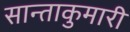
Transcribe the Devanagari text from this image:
सान्ताकुमारी